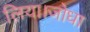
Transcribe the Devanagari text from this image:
लिया।जोधा